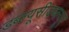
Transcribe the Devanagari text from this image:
डब्ल्यूसीडब्ल्यूए